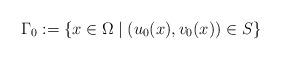
LaTeX: \begin{align*}\Gamma_0:=\{x\in\Omega\mid (u_0(x),v_0(x))\in S\}\end{align*}